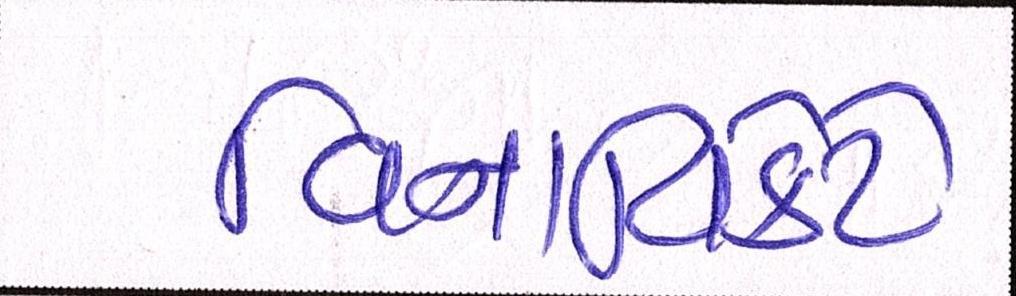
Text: વિનાવિકેટે